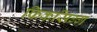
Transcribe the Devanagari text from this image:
फिकसिग्ग